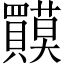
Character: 𲂷